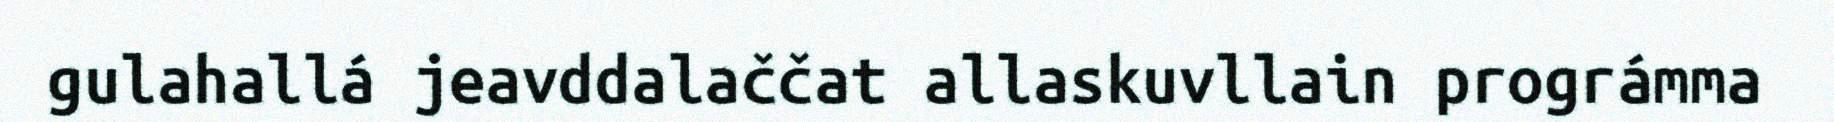
gulahallá jeavddalaččat allaskuvllain prográmma